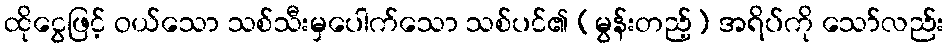
ထိုငွေဖြင့် ဝယ်သော သစ်သီးမှပေါက်သော သစ်ပင်၏ (မွန်းတည့်) အရိပ်ကို သော်လည်း